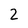
Character: 2